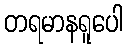
တရမာနရူပေါ